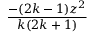
\frac { - ( 2 k - 1 ) z ^ { 2 } } { k ( 2 k + 1 ) }